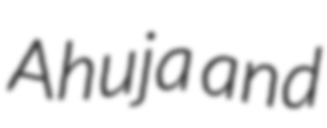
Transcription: Ahuja and